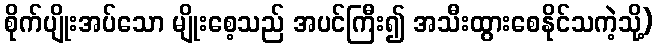
စိုက်ပျိုးအပ်သော မျိုးစေ့သည် အပင်ကြီး၍ အသီးထွားစေနိုင်သကဲ့သို့)